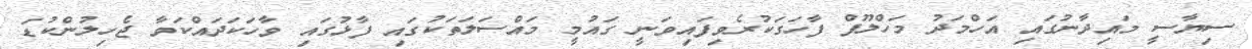
ސިޔާސީ މައިދާނުގައި އަހްމަދު މަހްލޫފް ފާހަގަކުރެވިފައިވަނީ ގައުމީ މައްސަލަތަކުގައި ފާޅުގައި ވާހަކަދައްކަވާ ޖެހިލުންކުޑަ